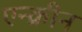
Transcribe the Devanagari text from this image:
एन्क्रीन